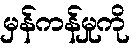
မှန်ကန်မှုကို